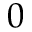
0